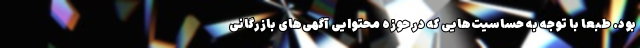
بود. طبعاً با توجه به حساسیت‌هایی که در حوزه محتوایی آگهی‌های بازرگانی